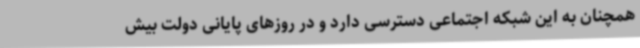
همچنان به این شبکه اجتماعی دسترسی دارد و در روزهای پایانی دولت بیش